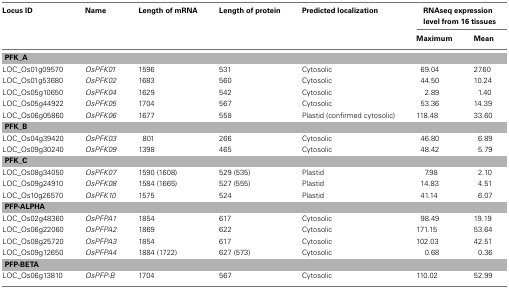
<table><thead><tr><td><b>Locus ID</b></td><td><b>Name</b></td><td><b>Length of mRNA</b></td><td><b>Length of protein</b></td><td><b>Predicted localization</b></td><td colspan="2"><b>RNAseq expression level from 16 tissues</b></td></tr><tr><td></td><td></td><td></td><td></td><td></td><td><b>Maximum</b></td><td><b>Mean</b></td></tr></thead><tbody><tr><td colspan="7"><b>PFK_A</b></td></tr><tr><td>LOC_Os01g09570</td><td><i>OsPFK01</i></td><td>1596</td><td>531</td><td>Cytosolic</td><td>69.04</td><td>27.60</td></tr><tr><td>LOC_Os01g53680</td><td><i>OsPFK02</i></td><td>1683</td><td>560</td><td>Cytosolic</td><td>44.50</td><td>10.24</td></tr><tr><td>LOC_Os05g10650</td><td><i>OsPFK04</i></td><td>1629</td><td>542</td><td>Cytosolic</td><td>2.89</td><td>1.40</td></tr><tr><td>LOC_Os05g44922</td><td><i>OsPFK05</i></td><td>1704</td><td>567</td><td>Cytosolic</td><td>53.36</td><td>14.39</td></tr><tr><td>LOC_Os06g05860</td><td><i>OsPFK06</i></td><td>1677</td><td>558</td><td>Plastid (confirmed cytosolic)</td><td>118.48</td><td>33.60</td></tr><tr><td colspan="7"><b>PFK_B</b></td></tr><tr><td>LOC_Os04g39420</td><td><i>OsPFK03</i></td><td>801</td><td>266</td><td>Cytosolic</td><td>46.80</td><td>6.89</td></tr><tr><td>LOC_Os09g30240</td><td><i>OsPFK09</i></td><td>1398</td><td>465</td><td>Cytosolic</td><td>48.42</td><td>5.79</td></tr><tr><td colspan="7"><b>PFK_C</b></td></tr><tr><td>LOC_Os08g34050</td><td><i>OsPFK07</i></td><td>1590 (1608)</td><td>529 (535)</td><td>Plastid</td><td>7.98</td><td>2.10</td></tr><tr><td>LOC_Os09g24910</td><td><i>OsPFK08</i></td><td>1584 (1665)</td><td>527 (555)</td><td>Plastid</td><td>14.83</td><td>4.51</td></tr><tr><td>LOC_Os10g26570</td><td><i>OsPFK10</i></td><td>1575</td><td>524</td><td>Plastid</td><td>41.14</td><td>6.07</td></tr><tr><td colspan="7"><b>PFP-ALPHA</b></td></tr><tr><td>LOC_Os02g48360</td><td><i>OsPFPA1</i></td><td>1854</td><td>617</td><td>Cytosolic</td><td>98.49</td><td>19.19</td></tr><tr><td>LOC_Os06g22060</td><td><i>OsPFPA2</i></td><td>1869</td><td>622</td><td>Cytosolic</td><td>171.15</td><td>53.64</td></tr><tr><td>LOC_Os08g25720</td><td><i>OsPFPA3</i></td><td>1854</td><td>617</td><td>Cytosolic</td><td>102.03</td><td>42.51</td></tr><tr><td>LOC_Os09g12650</td><td><i>OsPFPA4</i></td><td>1884 (1722)</td><td>627 (573)</td><td>Cytosolic</td><td>0.68</td><td>0.36</td></tr><tr><td colspan="7"><b>PFP-BETA</b></td></tr><tr><td>LOC_Os06g13810</td><td><i>OsPFP-B</i></td><td>1704</td><td>567</td><td>Cytosolic</td><td>110.02</td><td>52.99</td></tr></tbody></table>